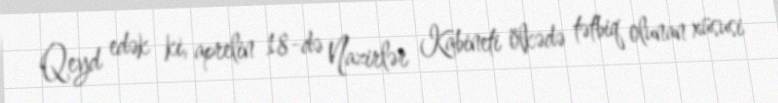
Qeyd edək ki, aprelin 18-də Nazirlər Kabineti ölkədə tətbiq olunan xüsusi